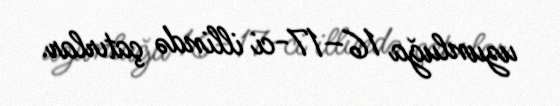
uzunluğa 16–17-ci illində çatırlar.